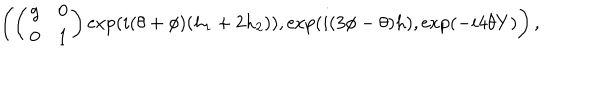
LaTeX: \left( \left( \begin{array} { c c } { { g } } & { { 0 } } \\ { { 0 } } & { { 1 } } \\ \end{array} \right) \exp ( i ( \theta + \phi ) ( h _ { 1 } + 2 h _ { 2 } ) ) , \exp ( i ( 3 \phi - \theta ) h ) , \exp ( - i 4 \theta Y ) \right) ,